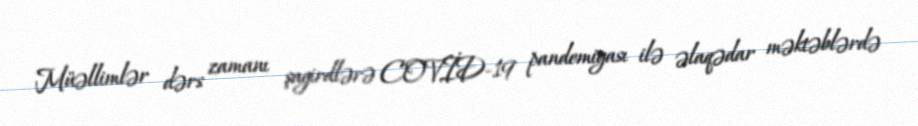
Müəllimlər dərs zamanı şagirdlərə COVİD-19 pandemiyası ilə əlaqədar məktəblərdə